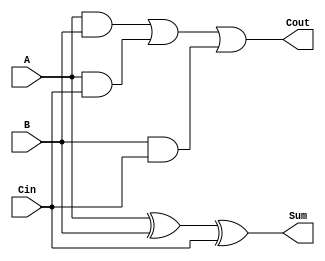
`timescale 1ns / 1ps
//////////////////////////////////////////////////////////////////////////////////
// Company: 
// Engineer: 
// 
// Design Name: 
// Module Name: FA
// Project Name: 
// Target Devices: 
// Tool Versions: 
// Description: 
// 
// Dependencies: 
// 
// Revision:
// Revision 0.01 - File Created
// Additional Comments:
// 
//////////////////////////////////////////////////////////////////////////////////


module FA(
    A,
    B,
    Cin,
    Sum,
    Cout
);
   
   //Define input and output variables
   input A;
   input B;
   input Cin;
   output Sum;
   output Cout;
   
   //Define the full adder modules behaviour
   assign Sum = A^B^Cin;
   assign Cout =(A&B)|(A&Cin)|(B&Cin);

endmodule //FA